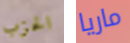
الحزب ماريا